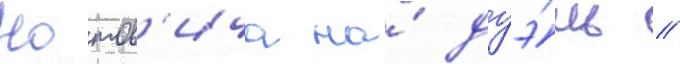
Нотов'ича на́ дуэ́ль /